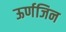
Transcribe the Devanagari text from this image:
ऊर्णजिन